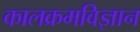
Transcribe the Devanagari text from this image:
कालक्रमविज्ञान